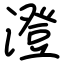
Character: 澄